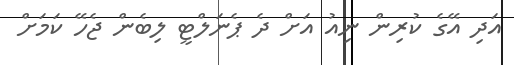
އަދި އޭގެ ކުރިން ނިއު އަށް ދެ ޕެނަލްޓީ ލިބެން ޖެހޭ ކަމަށް